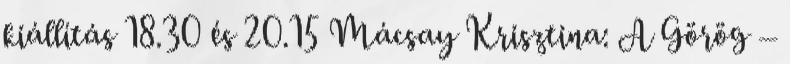
kiállítás 18.30 és 20.15 Mácsay Krisztina: A Görög –